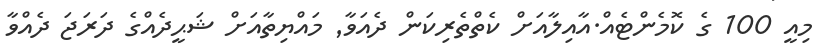
މިއީ 100 ގެ ކޮމެންޓެއް.އާއިލާއަށް ކެތްތެރިކަން ދެއަވާ